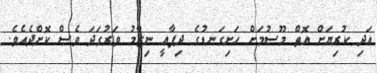
އަދި ކުރިޔަށް އޮތް މޫސުމަށް ހަށިގަނޑުގެ ދިފާޢީ ނިޒާމު ވަރުގަދަ ވެސް ކޮށްދެއެވެ.